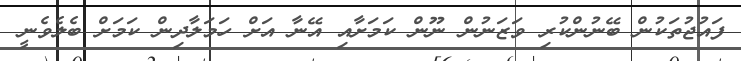
ފައުޖުތަކުން ބޭނުންކުރި ވަޒަނުން ނޫން ކަމަށާއި އޭނާ އަށް ހަމަލާދިން ކަމަށް ބެލެވެނީ